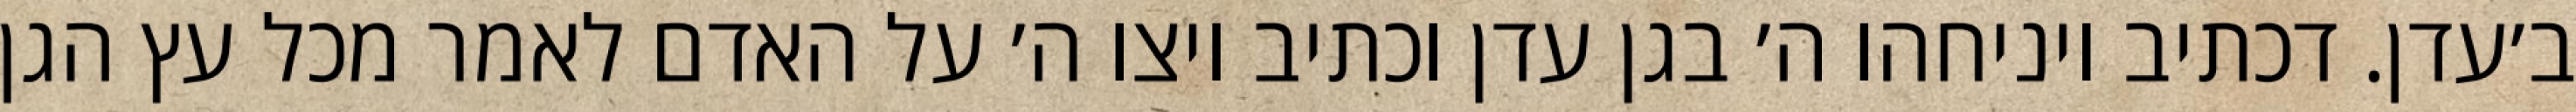
ב׳עדן. דכתיב ויניחהו ה׳ בגן עדן וכתיב ויצו ה׳ על האדם לאמר מכל עץ הגן